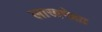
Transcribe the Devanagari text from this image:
लाखपेक्षा